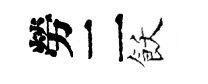
勞二飫